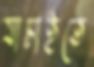
যাচাইতে